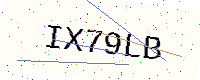
Text: IX79LB